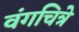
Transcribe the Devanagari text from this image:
वंगचित्रे